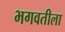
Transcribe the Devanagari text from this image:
भगवतीला